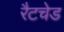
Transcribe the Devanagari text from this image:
रैटचेड